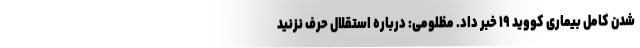
شدن کامل بیماری کووید ۱۹ خبر داد. مظلومی: درباره استقلال حرف نزنید